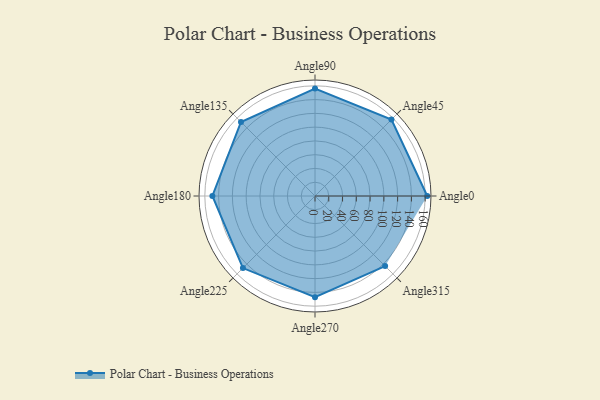
{"axis": {"x": "Angle", "y": "Radius"}, "legend": [""], "data": [{"x": "Angle0", "y": 163.0, "type": ""}, {"x": "Angle45", "y": 157.0, "type": ""}, {"x": "Angle90", "y": 156.0, "type": ""}, {"x": "Angle135", "y": 152.0, "type": ""}, {"x": "Angle180", "y": 149.0, "type": ""}, {"x": "Angle225", "y": 148.0, "type": ""}, {"x": "Angle270", "y": 147.0, "type": ""}, {"x": "Angle315", "y": 144.0, "type": ""}]}